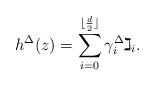
LaTeX: \begin{align*} h^\Delta(z) = \sum_{i=0}^{\lfloor \frac{d}{2}\rfloor} \gamma_i^{\Delta} \gimel_i.\end{align*}